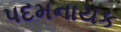
પદમનાયક